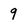
Character: 9